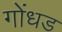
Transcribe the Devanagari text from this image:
गोंधड